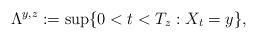
LaTeX: \begin{align*}\Lambda^{y,z}:=\sup\{0<t<T_z: X_t=y\},\end{align*}